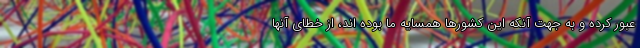
عبور کرده و به جهت آنکه این کشورها همسایه ما بوده اند، از خطای آنها